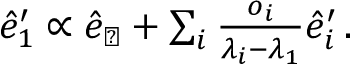
\begin{array} { r } { \hat { e } _ { 1 } ^ { \prime } \propto \hat { e } _ { \perp } + \sum _ { i } \frac { o _ { i } } { \lambda _ { i } - \lambda _ { 1 } } \hat { e } _ { i } ^ { \prime } \, . } \end{array}